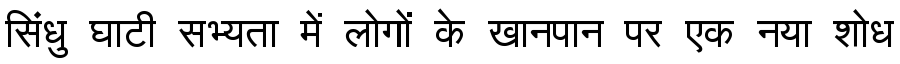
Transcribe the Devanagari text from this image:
सिंधु घाटी सभ्यता में लोगों के खानपान पर एक नया शोध